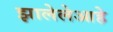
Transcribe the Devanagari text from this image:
झालेलेआहे